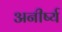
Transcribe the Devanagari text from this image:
अनीर्ष्य